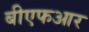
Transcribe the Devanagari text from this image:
बीएफआर